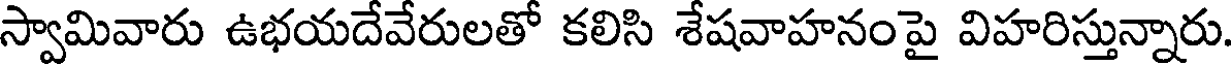
స్వామివారు ఉభయదేవేరులతో కలిసి శేషవాహనంపై విహరిస్తున్నారు